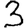
Digit: 3